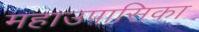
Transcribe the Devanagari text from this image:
महाउपासिका